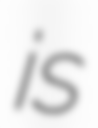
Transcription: is